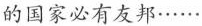
的国家必有友邦……